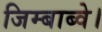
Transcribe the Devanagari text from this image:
जिम्बाब्वे।